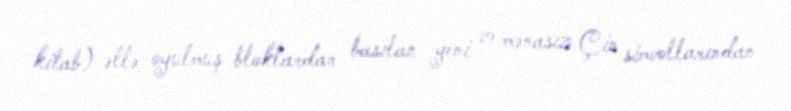
kitab) əllə oyulmuş bloklardan basılan yeni və mənasız Çin simvollarından